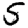
Digit: 5